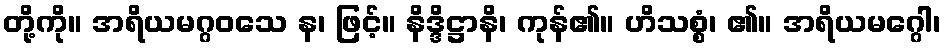
တို့ကို။ အရိယမဂ္ဂဝသေ န၊ ဖြင့်။ နိဒ္ဒိဋ္ဌာနိ၊ ကုန်၏။ ဟိသစ္စံ၊ ၏။ အရိယမဂ္ဂေါ၊